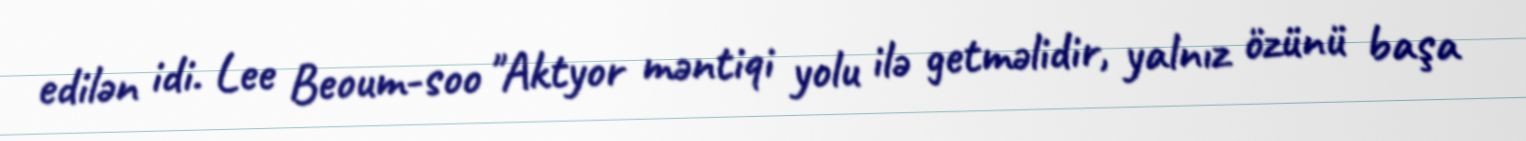
edilən idi. Lee Beoum-soo "Aktyor məntiqi yolu ilə getməlidir, yalnız özünü başa